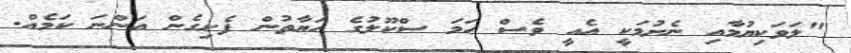
"ލަވަކިޔުމާއި ނެށުމަކީ އެއީ ވެސް ހަމަ ސްކޫލުގެ ހަޔާތުން ފެށިގެން އަންނަ ކަމެއް.